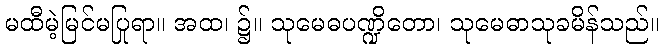
မထီမဲ့မြင်မပြုရာ။ အထ၊ ၌။ သုမေဓပဏ္ဍိတော၊ သုမေဓာသုခမိန်သည်။